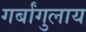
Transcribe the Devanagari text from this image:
गर्बांगुलाय